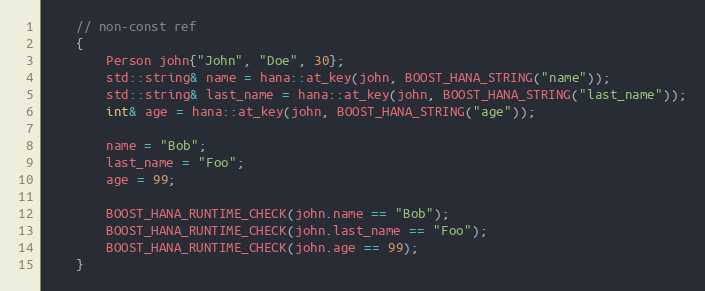
Language: C++
    // non-const ref
    {
        Person john{"John", "Doe", 30};
        std::string& name = hana::at_key(john, BOOST_HANA_STRING("name"));
        std::string& last_name = hana::at_key(john, BOOST_HANA_STRING("last_name"));
        int& age = hana::at_key(john, BOOST_HANA_STRING("age"));

        name = "Bob";
        last_name = "Foo";
        age = 99;

        BOOST_HANA_RUNTIME_CHECK(john.name == "Bob");
        BOOST_HANA_RUNTIME_CHECK(john.last_name == "Foo");
        BOOST_HANA_RUNTIME_CHECK(john.age == 99);
    }